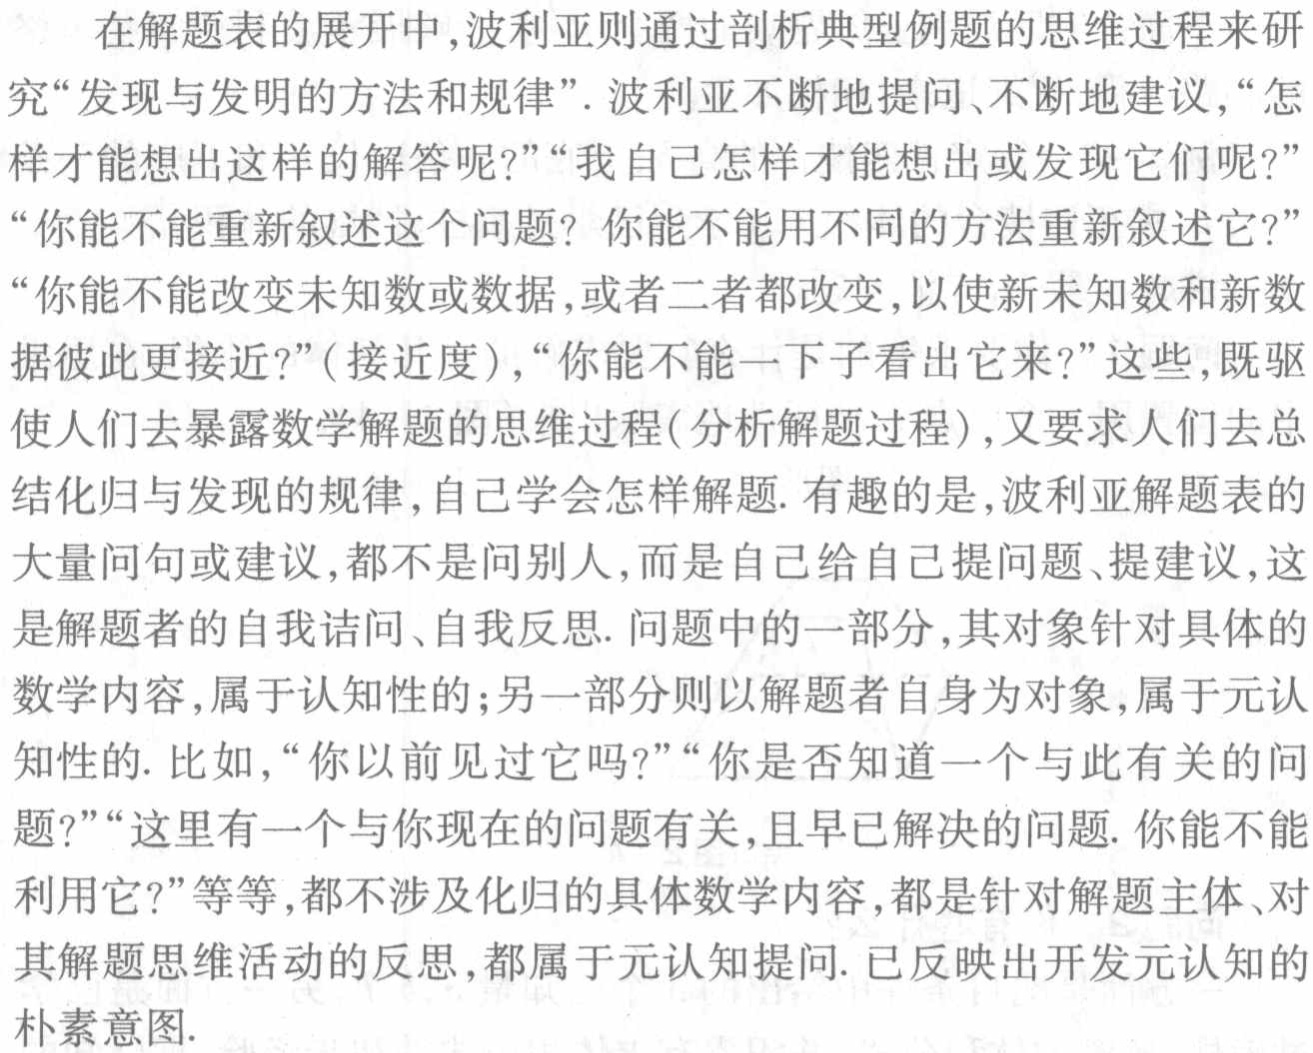
在解题表的展开中,波利亚则通过剖析典型例题的思维过程来研
究“发现与发明的方法和规律”. 波利亚不断地提问、不断地建议,“怎
样才能想出这样的解答呢?”“我自己怎样才能想出或发现它们呢?”
“你能不能重新叙述这个问题? 你能不能用不同的方法重新叙述它?”
“你能不能改变未知数或数据,或者二者都改变,以使新未知数和新数
据彼此更接近?”(接近度),“你能不能一下子看出它来?”这些,既驱
使人们去暴露数学解题的思维过程(分析解题过程),又要求人们去总
结化归与发现的规律,自己学会怎样解题. 有趣的是,波利亚解题表的
大量问句或建议,都不是问别人,而是自己给自己提问题、提建议,这
是解题者的自我诘问、自我反思. 问题中的一部分,其对象针对具体的
数学内容,属于认知性的;另一部分则以解题者自身为对象,属于元认
知性的. 比如,“你以前见过它吗?”“你是否知道一个与此有关的问
题?”“这里有一个与你现在的问题有关,且早已解决的问题. 你能不能
利用它?”等等,都不涉及化归的具体数学内容,都是针对解题主体、对
其解题思维活动的反思,都属于元认知提问. 已反映出开发元认知的
朴素意图.